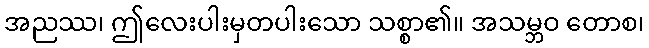
အညဿ၊ ဤလေးပါးမှတပါးသော သစ္စာ၏။ အသမ္ဘဝ တောစ၊